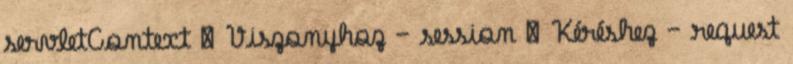
servletContext  Viszonyhoz – session  Kéréshez – request